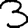
Digit: 3